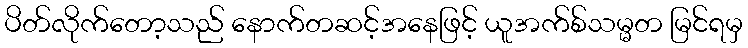
ပိတ်လိုက်တော့သည် နောက်တဆင့်အနေဖြင့် ယူအက်စ်သမ္မတ မြင်ရမှ